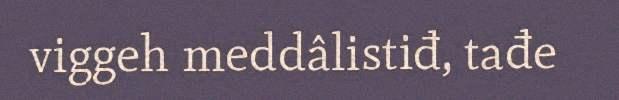
viggeh meddâlistiđ, tađe